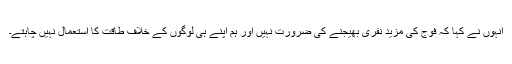
انہوں نے کہا کہ فوج کی مزید نفری بھیجنے کی ضرورت نہیں اور ہم اپنے ہی لوگوں کے خلاف طاقت کا استعمال نہیں چاہتے۔